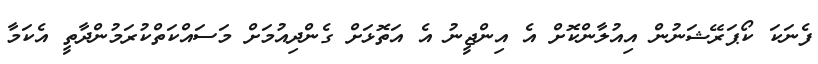
ފެނަކަ ކޯޕަރޭޝަނުން އިއުލާންކޮށް އެ އިންޖީނު އެ އަތޮޅަށް ގެންދިއުމަށް މަސައްކަތްކުރަމުންދާތީ އެކަމާ